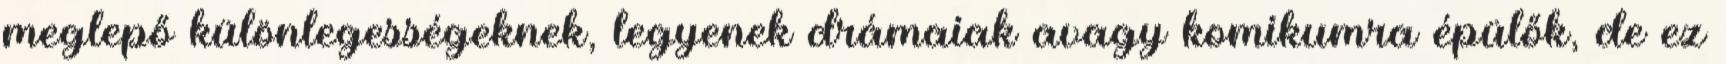
meglepő különlegességeknek, legyenek drámaiak avagy komikumra épülők, de ez